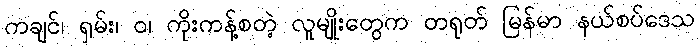
ကချင်၊ ရှမ်း၊ ဝ၊ ကိုးကန့်စတဲ့ လူမျိုးတွေက တရုတ် မြန်မာ နယ်စပ်ဒေသ